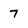
Character: 7